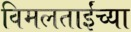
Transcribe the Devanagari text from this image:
विमलताईंच्या